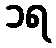
၁ရ